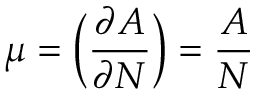
\mu = \biggl ( { \frac { \partial A } { \partial N } } \biggr ) = { \frac { A } { N } }